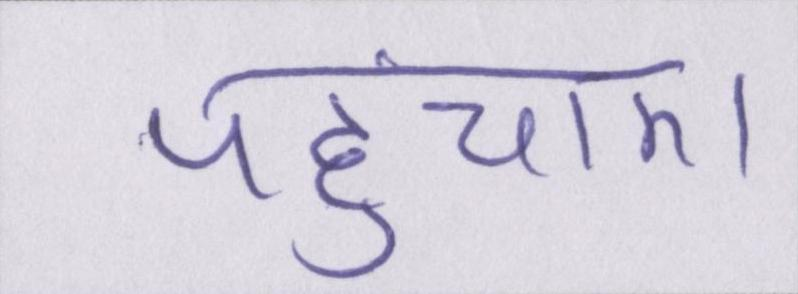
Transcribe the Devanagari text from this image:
पहुंचाए